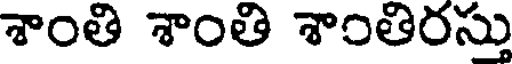
శాంతి శాంతి శాంతిరస్తు